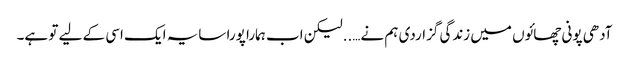
آدھی پونی چھائوں میں زندگی گزاردی ہم نے…..لیکن اب ہمارا پورا سایہ ایک اسی کے لیے تو ہے۔